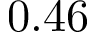
0 . 4 6